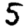
Digit: 5